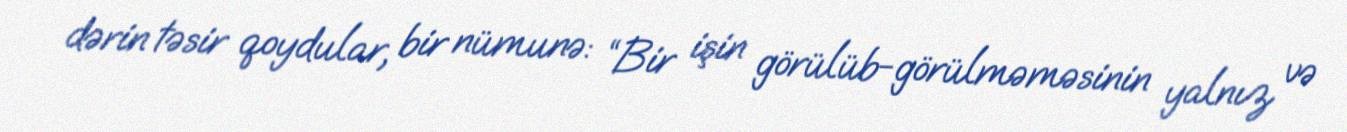
dərin təsir qoydular, bir nümunə: “Bir işin görülüb-görülməməsinin yalnız və